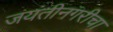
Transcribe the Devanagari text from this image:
जयंतीनगरीचा